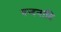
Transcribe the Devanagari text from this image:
वन्दनादि